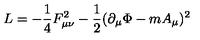
{ \sl L } = - \frac { 1 } { 4 } F _ { \mu \nu } ^ { 2 } - \frac { 1 } { 2 } ( \partial _ { \mu } \Phi - m A _ { \mu } ) ^ { 2 }